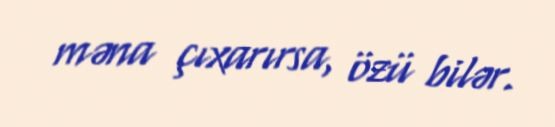
məna çıxarırsa, özü bilər.